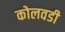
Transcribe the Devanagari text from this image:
कोलवडी